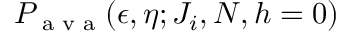
P _ { \textrm { a v a } } ( \epsilon , \eta ; J _ { i } , N , h = 0 )